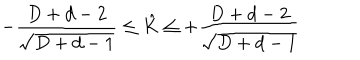
- \frac { D + d - 2 } { \sqrt { D + d - 1 } } \leq \hat { K } \leq + \frac { D + d - 2 } { \sqrt { D + d - 1 } }